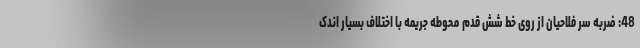
48: ضربه سر فلاحیان از روی خط شش قدم محوطه جریمه با اختلاف بسیار اندک